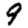
Digit: 9